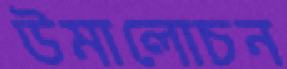
উমালোচন